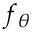
f _ { \theta }